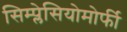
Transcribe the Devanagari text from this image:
सिम्प्लेसियोमोर्फी